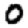
Digit: 0